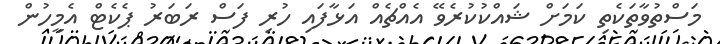
މަސްތުވާތަކެތި ކަމަށް ޝައްކުކުރެވޭ އެއްޗެއް އަޅާފައި ހުރި ފަސް ރަބަރު ޕެކެޓް އެމީހުން